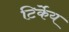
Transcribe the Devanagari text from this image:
टिर्केय